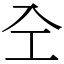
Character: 㒰